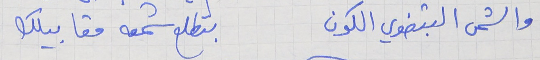
والشمس البتضوي الكون     بتطلع شمعه مقابيلك